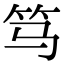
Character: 笃